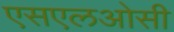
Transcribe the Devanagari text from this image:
एसएलओसी